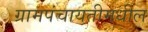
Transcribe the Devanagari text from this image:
ग्रामपंचायतीमधील